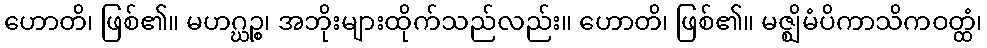
ဟောတိ၊ ဖြစ်၏။ မဟဂ္ဃဉ္စ၊ အဘိုးများထိုက်သည်လည်း။ ဟောတိ၊ ဖြစ်၏။ မဇ္ဈိမံပိကာသိကဝတ္ထံ၊